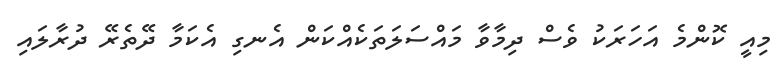
މިއީ ކޮންމެ އަހަރަކު ވެސް ދިމާވާ މައްސަލަތަކެއްކަން އެނގި އެކަމާ ދޭތެރޭ ދުރާލައި